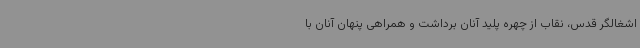
اشغالگر قدس، نقاب از چهره پلید آنان برداشت و همراهی پنهان آنان با